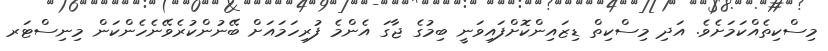
މިސްކިތެއްކަމަށެވެ. އަދި މިސްކިތް ޑިޒައިންކޮށްފައިވަނީ ބިމުގެ ޖާގަ އެންމެ ފުރިހަމައަށް ބޭނުންކުރެވޭނެހެންކަން މިނިސްޓަރ